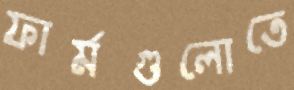
ফার্মগুলোতে